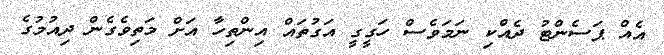
އެއް ޕަސެންޓު ދެއްކި ނަމަވެސް ހަގީގީ އަގުތައް އިންތިހާ އަށް މަތިވެގެން ދިއުމުގެ